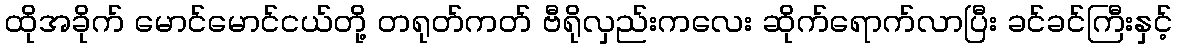
ထိုအခိုက် မောင်မောင်ငယ်တို့ တရုတ်ကတ် ဗီရိုလှည်းကလေး ဆိုက်ရောက်လာပြီး ခင်ခင်ကြီးနှင့်